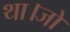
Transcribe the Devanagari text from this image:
था।जो